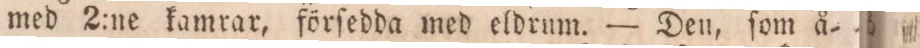
med 2:ne kamrar, förſedda med eldrum. — Den, ſom å=